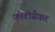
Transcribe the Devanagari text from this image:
फ़ोटोग्रैफ़र